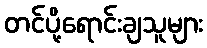
တင်ပို့ရောင်းချသူများ